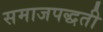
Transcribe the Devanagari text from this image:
समाजपद्धती